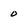
Character: 0